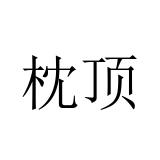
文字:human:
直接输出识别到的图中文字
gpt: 枕顶